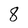
Character: 8